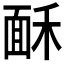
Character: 𩈒